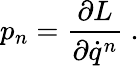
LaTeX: p_{n}=\frac{\partial L}{\partial\dot{q}^{n}}\ .